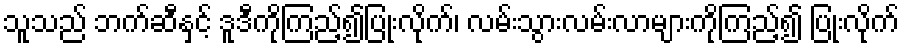
သူသည် ဘက်ဆီနှင့် ဒူဒီကိုကြည့်၍ပြုံးလိုက်၊ လမ်းသွားလမ်းလာများကိုကြည့်၍ ပြုံးလိုက်